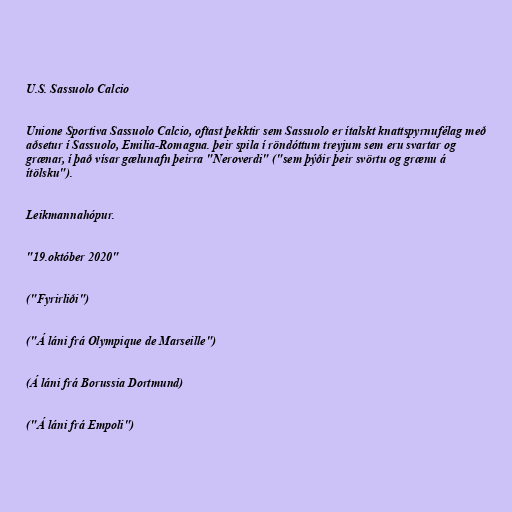
U.S. Sassuolo Calcio

Unione Sportiva Sassuolo Calcio, oftast þekktir sem Sassuolo er ítalskt knattspyrnufélag með
aðsetur í Sassuolo, Emilia-Romagna. þeir spila í röndóttum treyjum sem eru svartar og
grænar, í það vísar gælunafn þeirra "Neroverdi" ("sem þýðir þeir svörtu og grænu á
ítölsku").

Leikmannahópur.

"19.október 2020"

("Fyrirliði")

("Á láni frá Olympique de Marseille")

(Á láni frá Borussia Dortmund)

("Á láni frá Empoli")